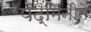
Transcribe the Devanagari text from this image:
पद्मिनीने